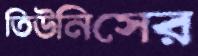
তিউনিসের